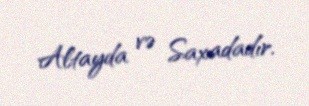
Altayda və Saxadadır.